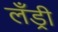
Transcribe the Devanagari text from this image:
लँड्री